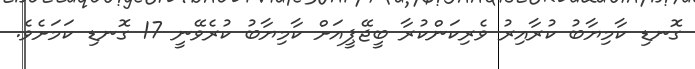
ގޮނޑި ކާމިޔާބު ކުރާއިރު ވެރިކަންކުރާ ބީޖޭޕީއަށް ކާމިޔާބު ކުރެވޭނީ 17 ގޮނޑި ކަމަށެވެ.